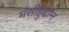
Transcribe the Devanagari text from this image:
मसीहुद्दीन